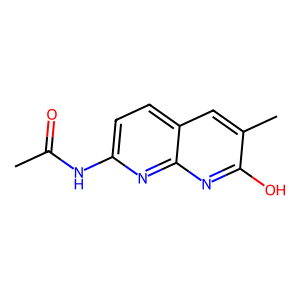
SMILES: CC(=O)Nc1ccc2cc(C)c(O)nc2n1
Inhibits HIV replication: No